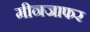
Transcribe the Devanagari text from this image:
मीनजाफर